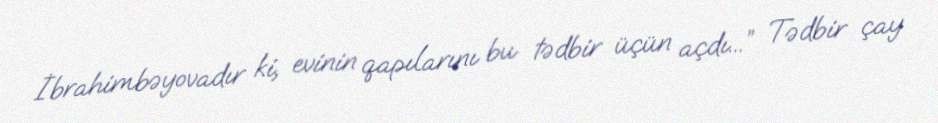
İbrahimbəyovadır ki, evinin qapılarını bu tədbir üçün açdı...” Tədbir çay